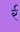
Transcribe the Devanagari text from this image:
र्र